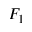
F _ { 1 }